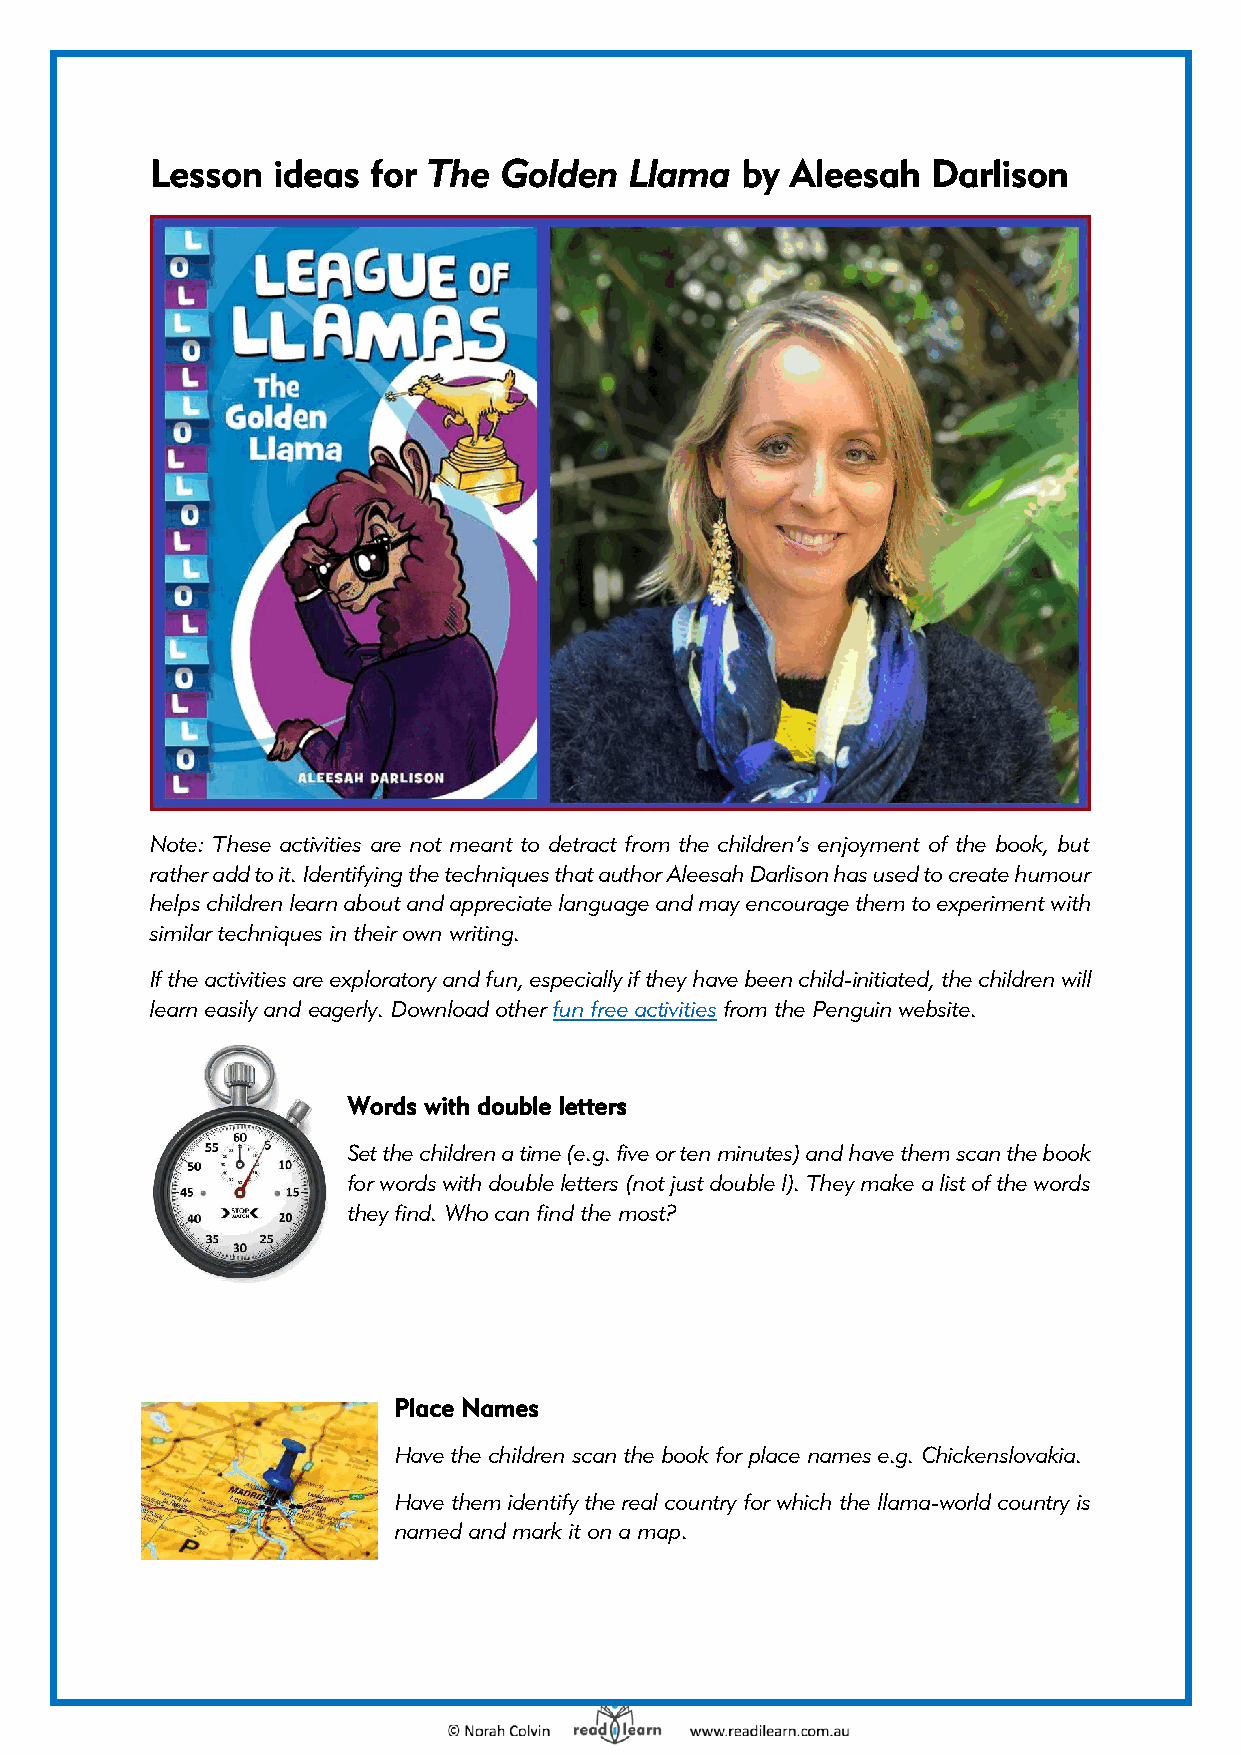
Lesson  ideas  for The Golden   Llama  by Aleesah   Darlison
 Note: These activities are not meant to detract from the children’s enjoyment of the book, but
 rather add to it. Identifying the techniques that author Aleesah Darlison has used to create humour
 helps children learn about and appreciate language and may encourage them to experiment with
 similar techniques in their own writing.
 If the activities are exploratory and fun, especially if they have been child-initiated, the children will
 learn easily and eagerly. Download other fun free activities from the Penguin website.
 Words with double letters
 Set the children a time (e.g. five or ten minutes) and have them scan the book
 for words with double letters (not just double l). They make a list of the words
 they find. Who can find the most?
 Place Names
 Have the children scan the book for place names e.g. Chickenslovakia.
 Have them identify the real country for which the llama-world country is
 named and mark it on a map.